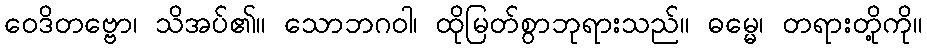
ဝေဒိတဗ္ဗော၊ သိအပ်၏။ သောဘဂဝါ၊ ထိုမြတ်စွာဘုရားသည်။ ဓမ္မေ၊ တရားတို့ကို။